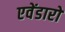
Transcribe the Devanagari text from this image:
एवेंडारो